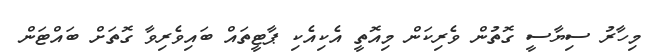
މިހާރު ސިޔާސީ ގޮތުން ވެރިކަން މިއޮތީ އެކިއެކި ޕާޓީތައް ބައިވެރިވާ ގޮތަށް ބައްޓަން